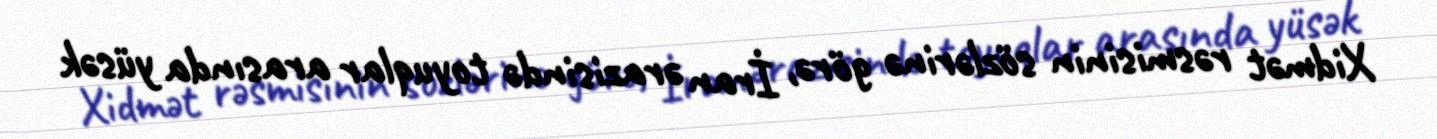
Xidmət rəsmisinin sözlərinə görə, İran ərazisində toyuqlar arasında yüsək